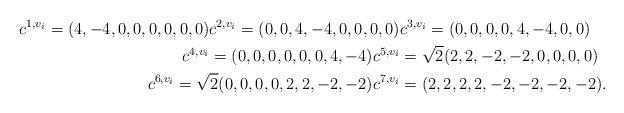
LaTeX: \begin{align*}c^{1, v_i} = (4, -4, 0,0,0,0,0,0) c^{2, v_i} = (0, 0, 4, -4, 0, 0, 0, 0) & c^{3, v_i} = (0, 0, 0, 0, 4, -4, 0, 0) \\ c^{4, v_i} = (0,0,0,0,0,0,4, -4) c^{5, v_i} & = \sqrt{2} (2,2, -2, -2, 0,0,0,0) \\ c^{6, v_i} = \sqrt{2} (0,0,0,0,2,2,-2,-2) c^{7, v_i} & = (2,2,2,2,-2,-2,-2,-2).\end{align*}